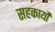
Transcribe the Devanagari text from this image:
सहकार्यों